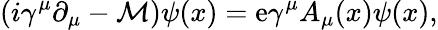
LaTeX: \left(i\gamma^{\mu}\partial_{\mu}-\mathcal{M}\right)\psi(x)=\mathrm{e}\gamma^{\mu}A_{\mu}(x)\psi(x),